Report of the Municipal Commissioner on the plague in Bombay for the year ending 31st May... - Volume 3
Disease focus: Plague
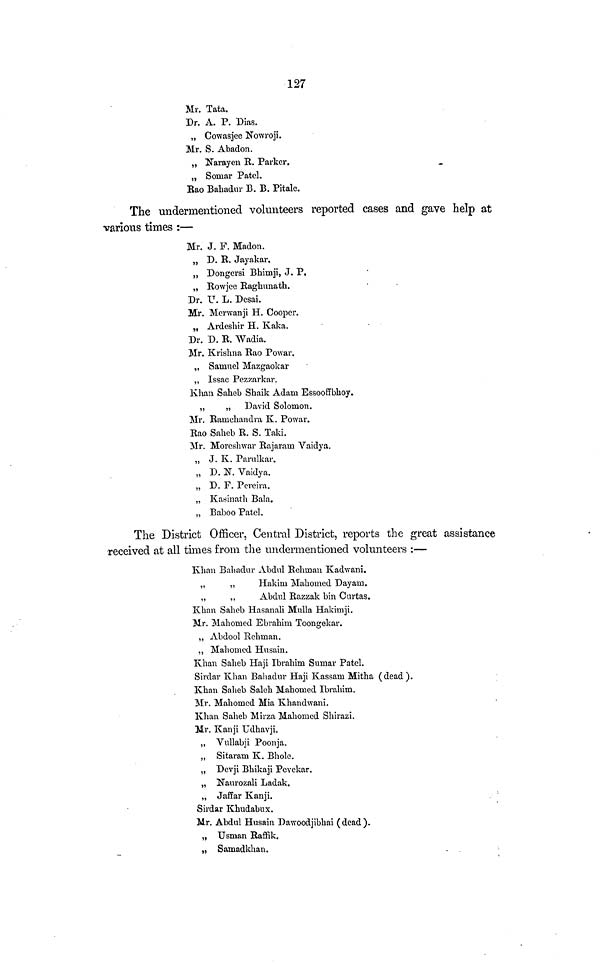
127
Mr. Tata.
Dr. A. P. Dias.
„ Cowasjec Nowroji.
Mr. S. Abadon.
„ Narayen B. Parker,
„ Somar Patel.
Bao Balladur B. B. Pitale.
The undermentioned volunteers reported cases and gave help at
various times :—
Mr. J. F. Madon.
„ D. B. Jayakar.
„ Dongersi Bhimji, J. P.
„ Bowjee Baghunath.
Dr. U. L. Dcsai.
Mr. Mcrwanji H. Cooper.
„ Ardeshir H. Kaka.
Dr. D. B. Wadia.
Mr. Krishna Bao Powar.
„ Samuel Mazgaokar
,, Issac Pezzarkar.
Khan Saheb Shaik Adam Essooffbhoy.
„
„ David Solomon.
Mr. Bamchandra K. Powar.
Bao Saheb B. S. Taki.
Mr. Moreslnvar Bajaram Vaidya.
„ J. K. Parulkar.
„ D. N. Vaidya.
„ D. F. Pereira.
,, Kasinath Bala.
„ Baboo Patcl.
The District Officer, Central District, reports the great assistance
•received at all times from the undermentioned volunteers :—
Khan Bahadur Abdul Behrnan Kadvrani.
,,
,,
Hakim Mahomed Dayam.
„
,,
Abdul Bazzak bin Curtas.
Khan Saheb Hasanali Mulla Hakim ji.
Mr. Mahomed Ebrahim Toongekar.
,, Abdool Reliman.
,, Mahomed Husain.
Khan Saheb Haji Ibrahim Sumar Patel.
Sirdar Khan Balladur Haji Kassarn Mitha (dead).
Khan Saheb Saleh Mahomed Ibrahim.
Mr. Mahomed Mia Khandwani.
Khan Saheb Mirza Mahomed Shirazi.
M.r. Kanji Udhavji.
„ Vullabji Poonja.
„ Sitaram K. Bhole.
„ Devji Bhikaji Pevekar.
„ Naxirozali Ladak.
„ Jaffar Kanji.
Sirdar Khudabux.
Mr. Abdul Husain Dawoodjibhai (dead).
„ Usman Baffik.
„ Samadkhan.